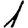
Digit: 1